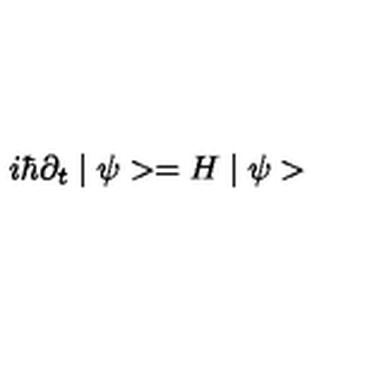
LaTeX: i \hbar \partial _ { t } \mid \psi > = H \mid \psi >